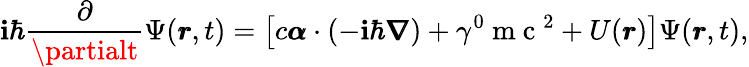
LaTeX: \mathbf{i}\hbar\frac{{\partial}}{{\partialt}}\Psi(\pmb{r},t)=\left[c\pmb{\alpha}\cdot(-\mathbf{i}\hbar\pmb{\nabla})+\gamma^{0}\mathrm{{~m~c~}}^{2}+U(\pmb{r})\right]\Psi(\pmb{r},t),